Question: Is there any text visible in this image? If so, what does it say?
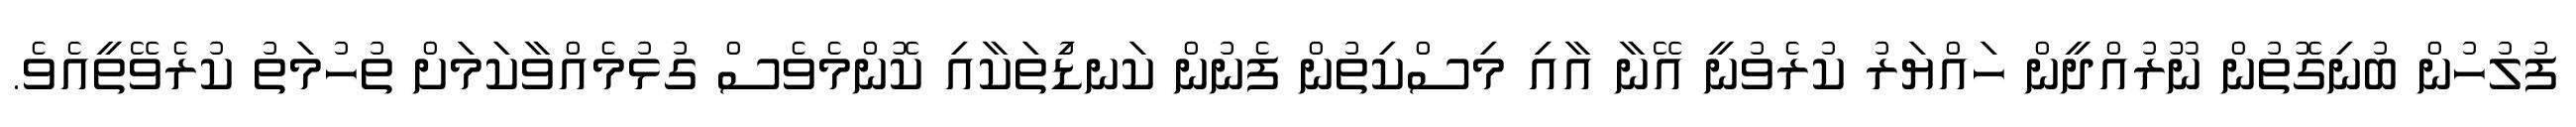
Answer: ފުލުހުން ބުނިގޮތުން ނޫރުއްދީން ހައްޔަރު ކުރެވުނީ އޭނާ އާއި މިސްކިތުން ފެނުން ކަނޑުިތަކާއި ކޮންމެވެސް ގުޅުމެއްވާކަމަށް ތުހުމަތު ކުރެވޭތީއެވެ.